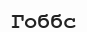
Гоббс